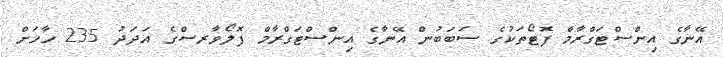
އޭނާގެ އިންސްޓަގްރާމް ފޮޓޯތަކުގެ ސަބަބުން އޭނާގެ އިންސްޓަގްރާމް ފޮލޯވާރސްގެ އަދަދު 235 ހާހަށް